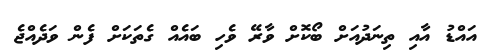
އައްޑު އާއި ތިނަދުއަށް ބޯކޮށް ވާރޭ ވެހި ބައެއް ގެތަކަށް ފެން ވަދެއްޖެ